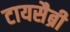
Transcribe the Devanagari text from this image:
टायसैब्री